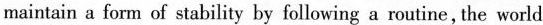
maintain a form of stability by following a routine, the world